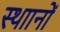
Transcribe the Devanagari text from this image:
स्थाानों